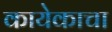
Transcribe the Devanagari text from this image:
कायेकाचा